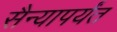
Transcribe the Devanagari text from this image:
सैन्यापर्यंत